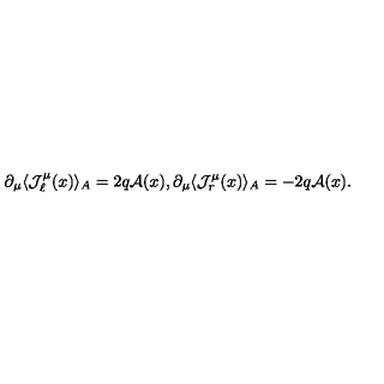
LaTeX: \partial _ { \mu } \langle { \mathcal J } _ { \ell } ^ { \mu } ( x ) \rangle _ { A } = 2 q { \mathcal A } ( x ) , \partial _ { \mu } \langle { \mathcal J } _ { r } ^ { \mu } ( x ) \rangle _ { A } = - 2 q { \mathcal A } ( x ) .